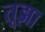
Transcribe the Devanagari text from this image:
तूझा